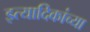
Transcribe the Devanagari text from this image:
इत्यादिकांच्या